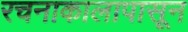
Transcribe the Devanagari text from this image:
रचनाकालापासून